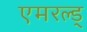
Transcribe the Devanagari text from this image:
एमरल्ड्